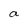
Character: a